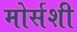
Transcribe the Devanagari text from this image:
मोर्सशी